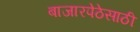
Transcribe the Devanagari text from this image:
बाजारपेठेसाठी